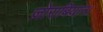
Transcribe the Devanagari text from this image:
ज़ोराबियान।